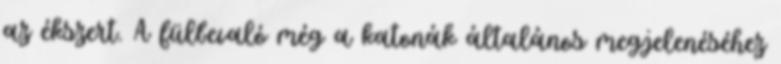
az ékszert. A fülbevaló még a katonák általános megjelenéséhez